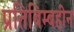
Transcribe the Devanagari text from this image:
प्रतिबिम्बहीन